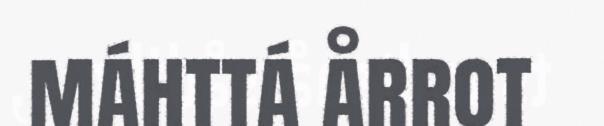
máhttá årrot